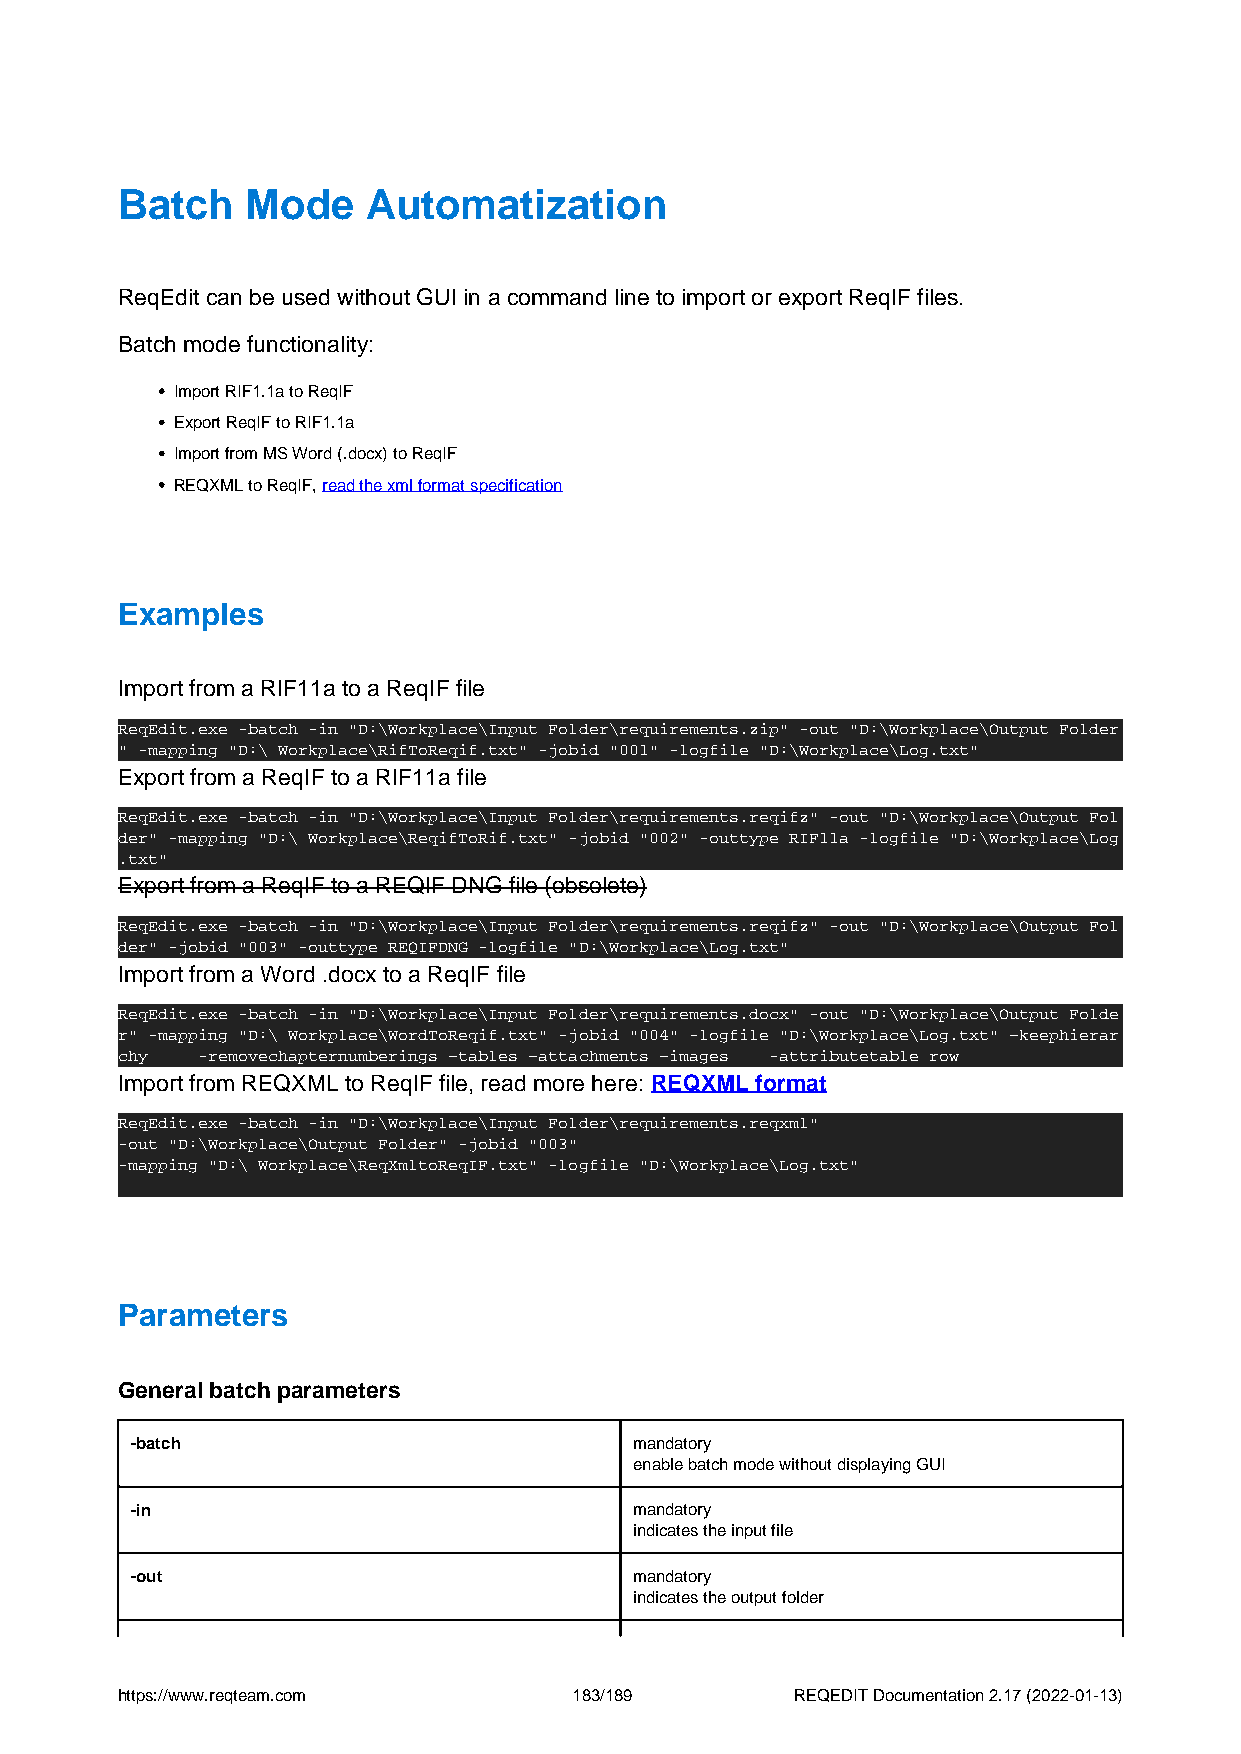
Batch   Mode    Automatization
 ReqEdit can be used without GUI in a command line to import or export ReqIF files.
 Batch mode functionality:
 Import RIF1.1a to ReqIF
 Export ReqIF to RIF1.1a
 Import from MS Word (.docx) to ReqIF
 REQXML to ReqIF, read the xml format specification
 Examples
 Import from a RIF11a to a ReqIF file
 ReqEdit.exe -batch -in "D:\Workplace\Input Folder\requirements.zip" -out "D:\Workplace\Output Folder
 " -mapping "D:\ Workplace\RifToReqif.txt" -jobid "001" -logfile "D:\Workplace\Log.txt"
 Export from a ReqIF to a RIF11a file
 ReqEdit.exe -batch -in "D:\Workplace\Input Folder\requirements.reqifz" -out "D:\Workplace\Output Fol
 der" -mapping "D:\ Workplace\ReqifToRif.txt" -jobid "002" -outtype RIF11a -logfile "D:\Workplace\Log
 .txt"
 Export from a ReqIF to a REQIF DNG file (obsolete)
 ReqEdit.exe -batch -in "D:\Workplace\Input Folder\requirements.reqifz" -out "D:\Workplace\Output Fol
 der" -jobid "003" -outtype REQIFDNG -logfile "D:\Workplace\Log.txt"
 Import from a Word .docx to a ReqIF file
 ReqEdit.exe -batch -in "D:\Workplace\Input Folder\requirements.docx" -out "D:\Workplace\Output Folde
 r" -mapping "D:\ Workplace\WordToReqif.txt" -jobid "004" -logfile "D:\Workplace\Log.txt" –keephierar
 chy  -removechapternumberings –tables –attachments –images -attributetable row
 Import from REQXML to ReqIF file, read more here: REQXML format
 ReqEdit.exe -batch -in "D:\Workplace\Input Folder\requirements.reqxml"
 -out "D:\Workplace\Output Folder" -jobid "003"
 -mapping "D:\ Workplace\ReqXmltoReqIF.txt" -logfile "D:\Workplace\Log.txt"
 Parameters
 General batch parameters
 -batch                           mandatory
 enable batch mode without displaying GUI
 -in                              mandatory
 indicates the input file
 -out                             mandatory
 indicates the output folder
 https://www.reqteam.com       183/189        REQEDIT Documentation 2.17 (2022-01-13)